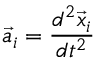
\Vec { a } _ { i } = \frac { d ^ { 2 } \vec { x } _ { i } } { d t ^ { 2 } }